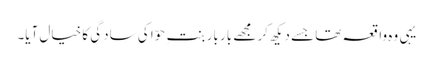
یہی وہ واقعہ تھا جسے دیکھ کر مجھے بار بار بنتِ حوّا کی سادگی کا خیال آیا۔